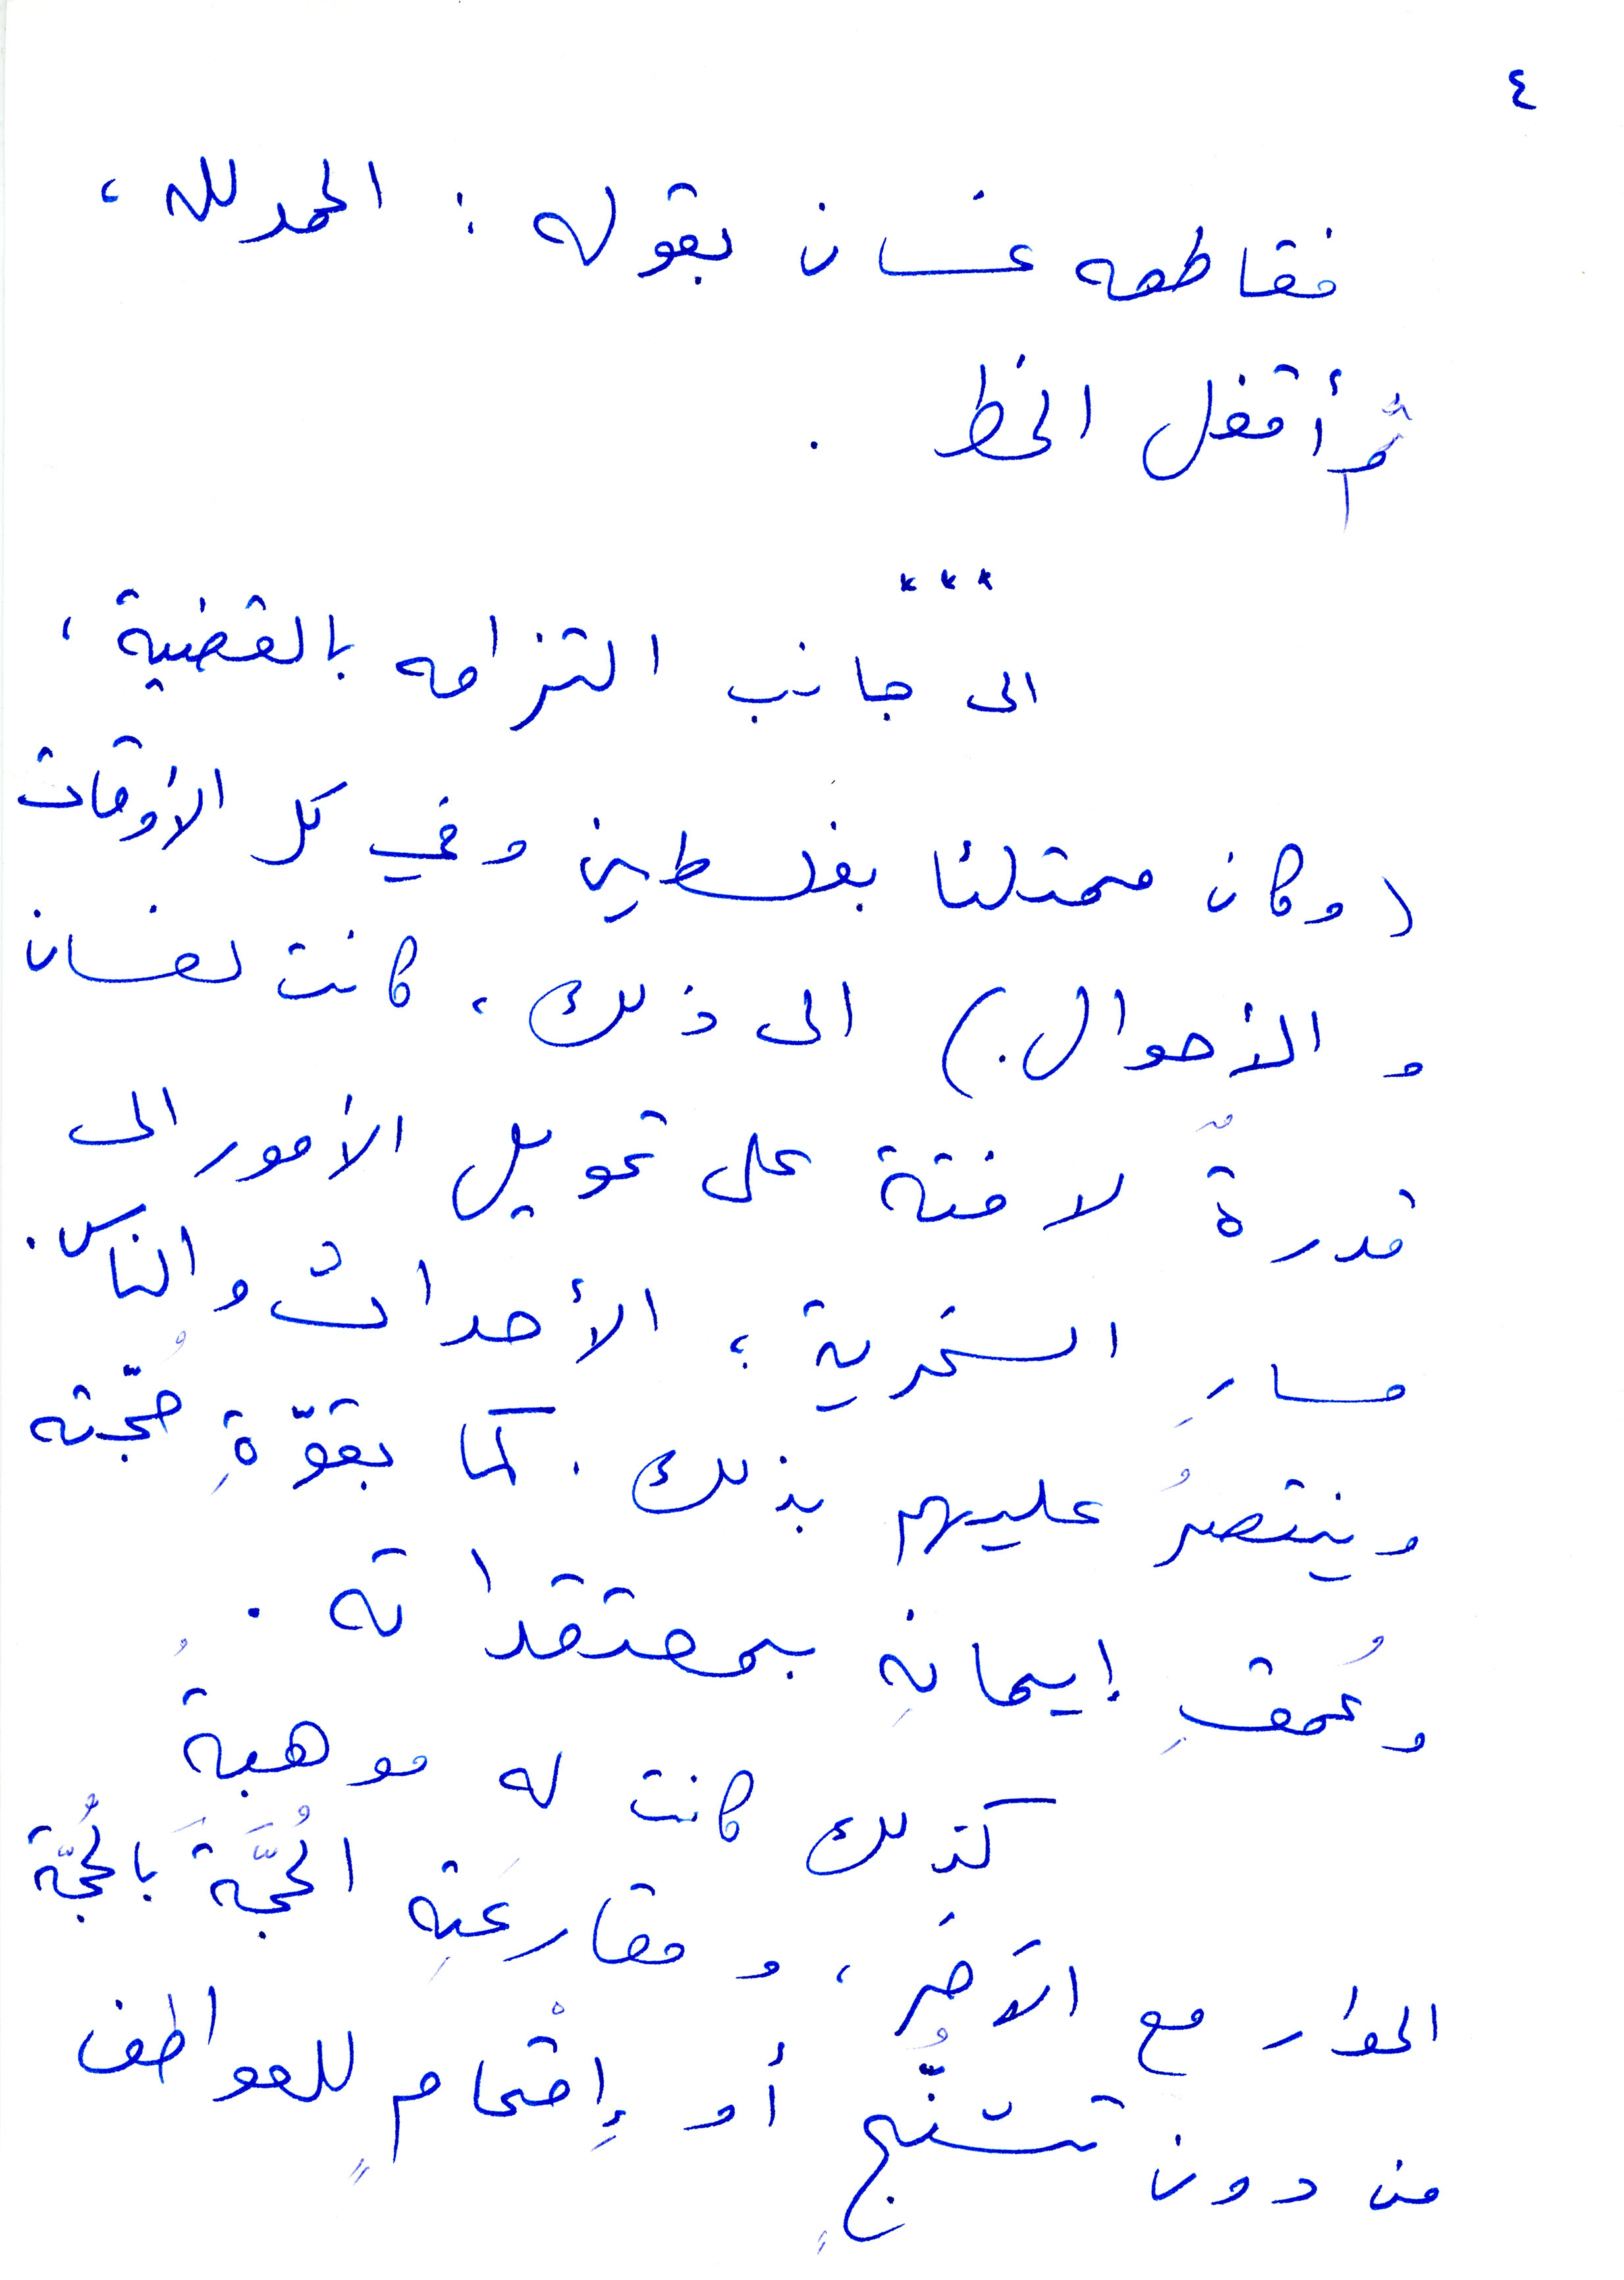
فقاطعه غسان بقوله: الحمدالله،
ثم اقفل الخط
...
الى جانب التزامه بالقضية،
(وكان ممتلئا بفلسطين وفي كل الأوقات
والأحوال) الى ذلك، كانت لغسان
قدرة لافتة على تحويل الأمور الى
مسار السخرية، الأحداث والناس.
وينتصر عليهم بذلك. كما بقوّة حجّته
وعمق ايمانه بمعتقداته.
كذلك كانت له موهبة
الحوار مع الاخر، ومقارعته الحجّة بالحجّة
من دون تشنّج او اقحام للعواطف